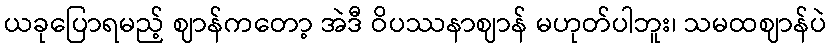
ယခုပြောရမည့် ဈာန်ကတော့ အဲဒီ ဝိပဿနာဈာန် မဟုတ်ပါဘူး၊ သမထဈာန်ပဲ